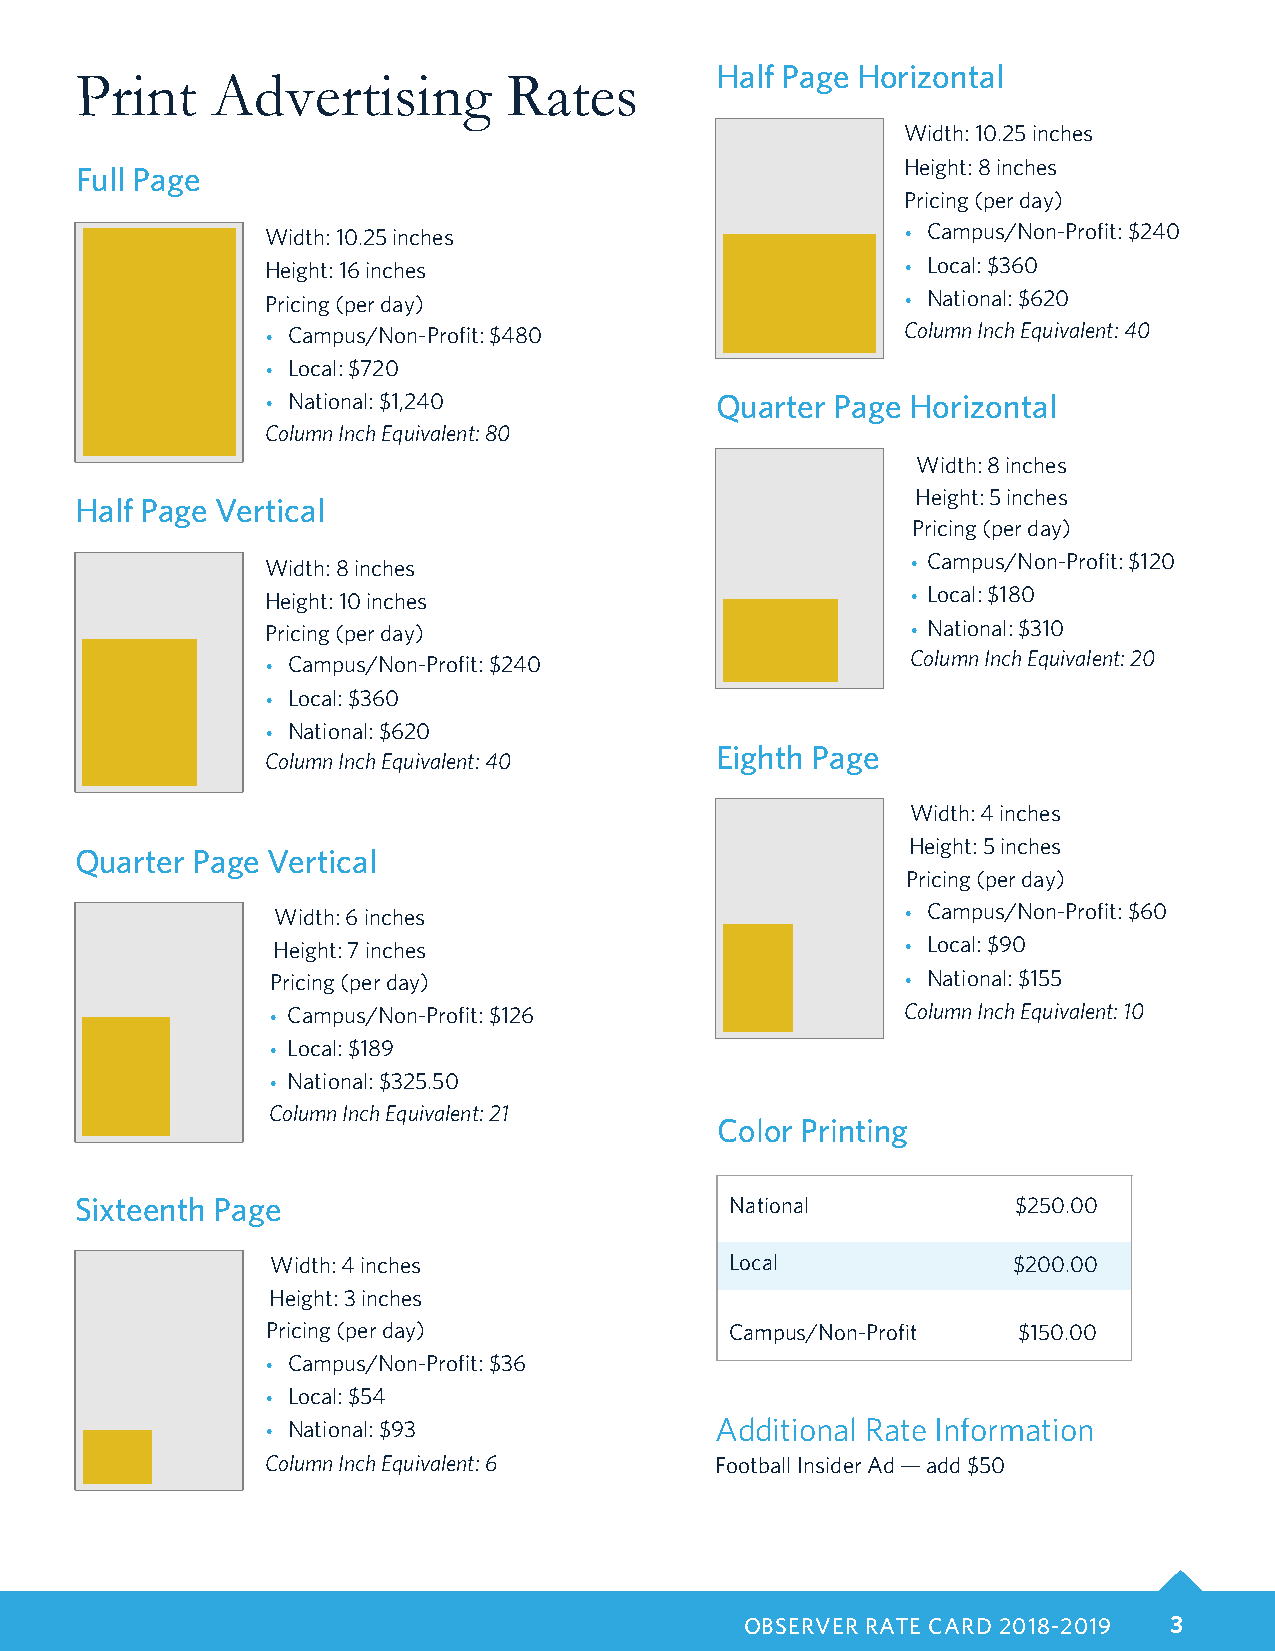
Half Page Horizontal
 Print    Advertising         Rates
 Width: 10.25 inches
 Height: 8 inches
 Full Page
 Pricing (per day)
 Width: 10.25 inches                       • Campus/Non-Profit: $240
 Height: 16 inches                         • Local: $360
 Pricing (per day)                         • National: $620
 • Campus/Non-Profit: $480                 Column Inch Equivalent: 40
 • Local: $720
 • National: $1,240           Quarter Page Horizontal
 Column Inch Equivalent: 80
 Width: 8 inches
 Height: 5 inches
 Half Page Vertical
 Pricing (per day)
 • Campus/Non-Profit: $120
 Width: 8 inches
 • Local: $180
 Height: 10 inches
 Pricing (per day)                         • National: $310
 • Campus/Non-Profit: $240                 Column Inch Equivalent: 20
 • Local: $360
 • National: $620
 Eighth Page
 Column Inch Equivalent: 40
 Width: 4 inches
 Height: 5 inches
 Quarter Page Vertical
 Pricing (per day)
 Width: 6 inches                           • Campus/Non-Profit: $60
 Height: 7 inches                          • Local: $90
 Pricing (per day)                         • National: $155
 • Campus/Non-Profit: $126                 Column Inch Equivalent: 10
 • Local: $189
 • National: $325.50
 Column Inch Equivalent: 21
 Color Printing
 Sixteenth Page                             National           $250.00
 Width: 4 inches               Local              $200.00
 Height: 3 inches
 Pricing (per day)             Campus/Non-Profit  $150.00
 • Campus/Non-Profit: $36
 • Local: $54
 • National: $93              Additional Rate Information
 Column Inch Equivalent: 6    Football Insider Ad — add $50
 OBSERVER RATE CARD 2018-2019 3